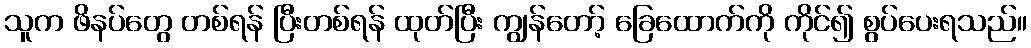
သူက ဖိနပ်တွေ တစ်ရန် ပြီးတစ်ရန် ထုတ်ပြီး ကျွန်တော့် ခြေထောက်ကို ကိုင်၍ စွပ်ပေးရသည်။